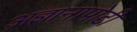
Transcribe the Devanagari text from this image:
अ़ज्ञानापोटी